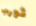
ثورب